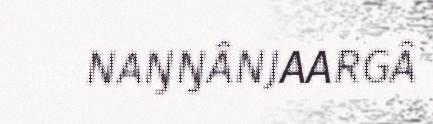
NAŊŊÂNJAARGÂ